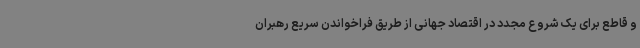
و قاطع برای یک شروع مجدد در اقتصاد جهانی از طریق فراخواندن سریع رهبران